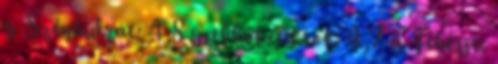
g Szénhidrát: 4,8 g ebből cukrok: 4,7 g Fehérje: